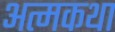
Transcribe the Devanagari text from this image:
अत्मकथा